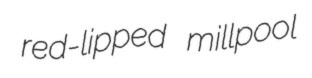
red-lipped millpool